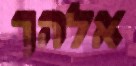
אלהך